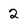
Character: 2